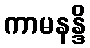
ကာမနန္ဒိ